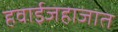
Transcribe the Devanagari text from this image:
हवाईजहाजात